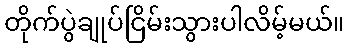
တိုက်ပွဲချုပ်ငြိမ်းသွားပါလိမ့်မယ်။